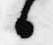
日